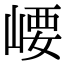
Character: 崾